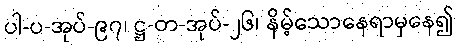
ပါ-ပ-အုပ်-၉၇၊ ဋ္ဌ-တ-အုပ်-၂၆၊ နိမ့်သောနေရာမှနေ၍